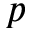
p